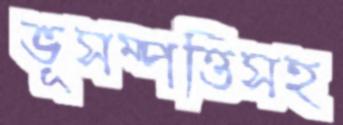
ভূসম্পত্তিসহ